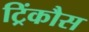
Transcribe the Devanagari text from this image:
ट्रिंकौस